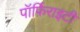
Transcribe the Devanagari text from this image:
पॉर्फ़िराइटी